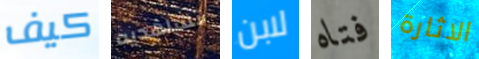
كيف تشاهديه لابن فتاه الاثارة